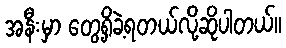
အနီးမှာ တွေ့ရှိခဲ့ရတယ်လို့ဆိုပါတယ်။